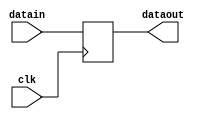
module reg7(
        input clk,  //
        input [6:0] datain,
        output reg[6:0] dataout
    );
    initial begin
        dataout = 0;
    end
    always @(negedge clk) begin
        dataout <= datain;
    end
endmodule